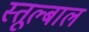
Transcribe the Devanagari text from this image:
स्तूल्बाल